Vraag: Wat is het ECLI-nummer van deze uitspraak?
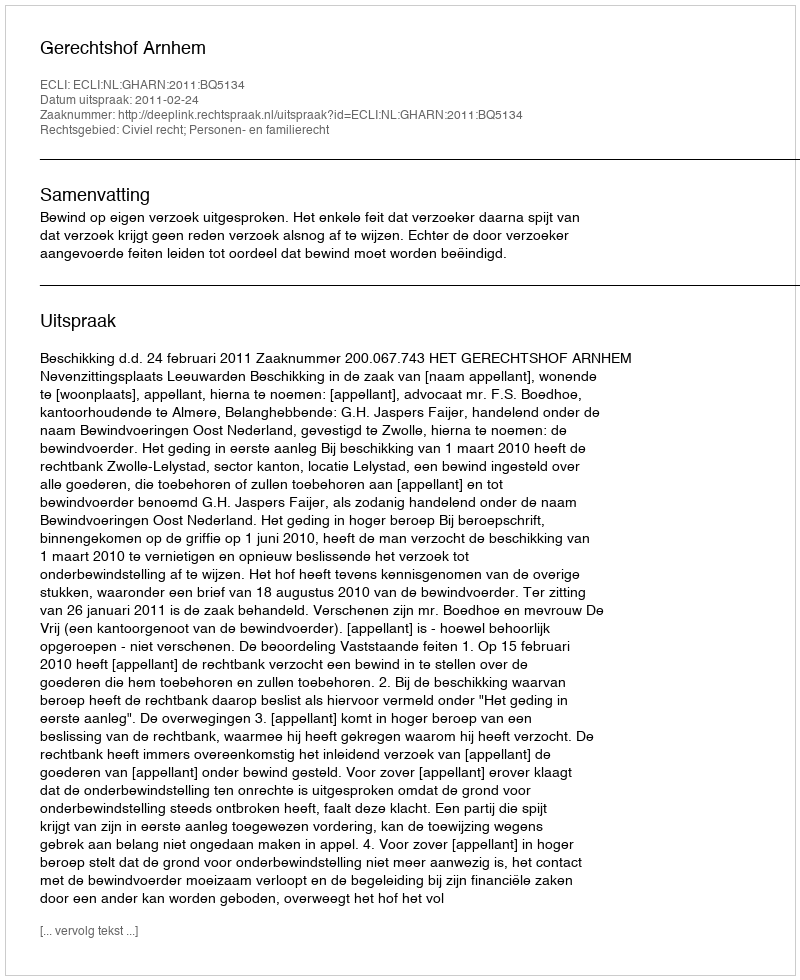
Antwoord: ECLI:NL:GHARN:2011:BQ5134